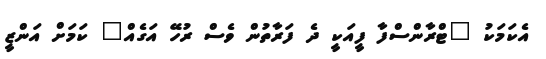
އެކަމަކު "ޓްރާންސްފާ ފީއަކީ ދެ ފަރާތުން ވެސް ރުހޭ އަގެއް" ކަމަށް އަންޒީ